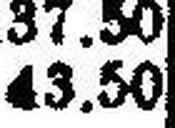
43.50